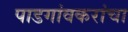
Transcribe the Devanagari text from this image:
पाडगांवकरांचा